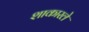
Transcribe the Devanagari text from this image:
शाकारले